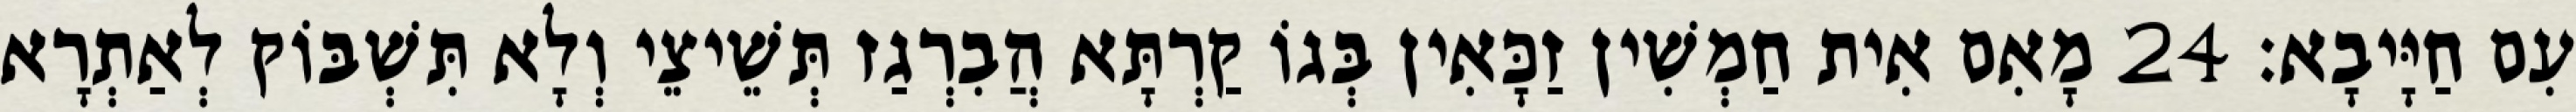
עִם חַיָּיבָא׃ 24 מָאִם אִית חַמְשִׁין זַכָּאִין בְּגוֹ קַרְתָּא הֲבִרְגַז תְּשֵׁיצֵי וְלָא תִּשְׁבּוֹק לְאַתְרָא